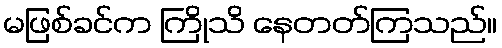
မဖြစ်ခင်က ကြိုသိ နေတတ်ကြသည်။